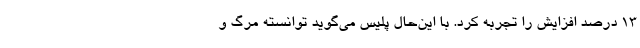
۱۳ درصد افزایش را تجربه کرد. با این‌حال پلیس می‌گوید توانسته مرگ و